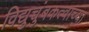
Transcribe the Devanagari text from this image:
विद्युच्चुंबकत्वाच्या